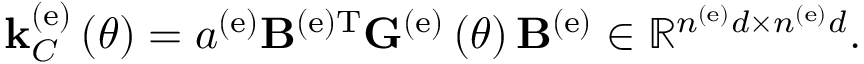
{ \bf k } _ { C } ^ { \left( \mathrm { e } \right) } \left( \theta \right) = a ^ { \left( \mathrm { e } \right) } { \bf B } ^ { \left( \mathrm { e } \right) \mathrm { T } } { \bf G } ^ { \left( \mathrm { e } \right) } \left( \theta \right) { \bf B } ^ { \left( \mathrm { e } \right) } \in \mathbb { R } ^ { n ^ { \left( \mathrm { e } \right) } d \times n ^ { \left( \mathrm { e } \right) } d } .